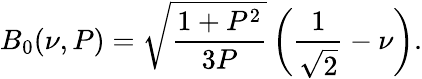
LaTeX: B_{0}(\nu,P)=\sqrt{\frac{1+P^{2}}{3P}}\, \biggl(\frac{1}{\sqrt{2}}-\nu\biggr).